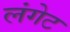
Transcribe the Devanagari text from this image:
लंगेट